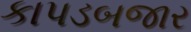
કાપડબજાર